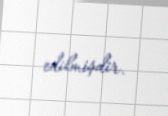
edilmişdir.